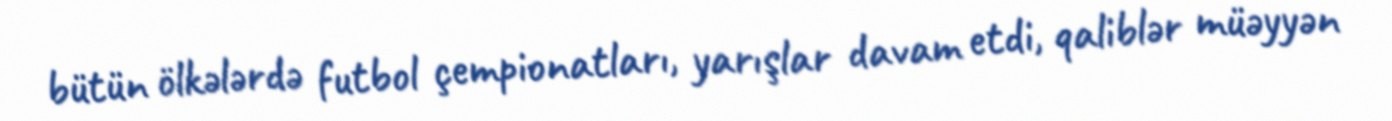
bütün ölkələrdə futbol çempionatları, yarışlar davam etdi, qaliblər müəyyən